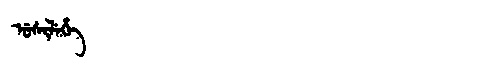
Manchu: ᡠᠰᡳᠯᡝᡥᡝ
Romanization: USILEHE